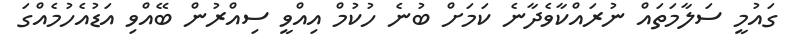
ގައުމީ ސަލާމަތައް ނުރައްކާވެދާނެ ކަމަށް ބުނެ ހުކުމް އިއްވީ ސިއްރުން ބޭއްވި އަޑުއެހުމެއްގަ